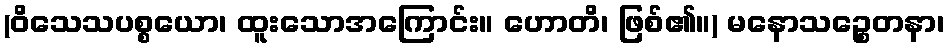
(ဝိသေသပစ္စယော၊ ထူးသောအကြောင်း။ ဟောတိ၊ ဖြစ်၏။) မနောသဉ္စေတနာ၊